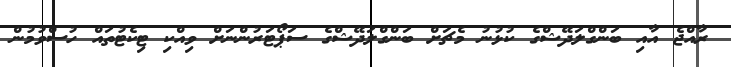
ރާއްޖެ އާއި ބަންގްލަދޭޝްގެ ކުޅުނު މެޗަށް ބަންގްލަދޭޝްގެ ސަޕޯޓަރުންނަށް ވިއްކި ޓިކެޓުތައް ހުސްވުމުން